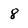
Character: 8